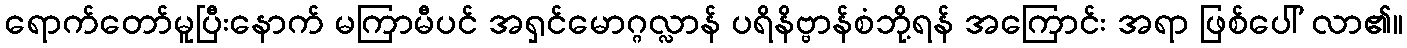
ရောက်တော်မူပြီးနောက် မကြာမီပင် အရှင်မောဂ္ဂလ္လာန် ပရိနိဗ္ဗာန်စံဘို့ရန် အကြောင်း အရာ ဖြစ်ပေါ် လာ၏။